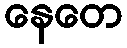
နေတေ